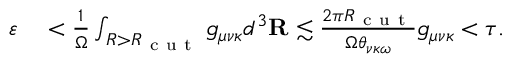
\begin{array} { r l } { \varepsilon } & { { } < \frac { 1 } { \Omega } \int _ { R > R _ { \mathrm { ~ c ~ u ~ t ~ } } } g _ { \mu \nu \kappa } d ^ { 3 } \mathbf { R } \lesssim \frac { 2 \pi R _ { \mathrm { ~ c ~ u ~ t ~ } } } { \Omega \theta _ { \nu \kappa \omega } } g _ { \mu \nu \kappa } < \tau . } \end{array}